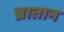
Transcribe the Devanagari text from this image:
ब्रातान